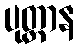
ပုတ္တာန